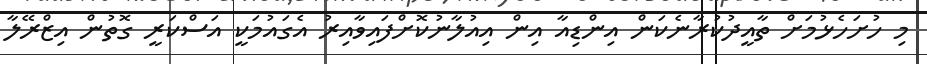
މި ހުށަހެޅުމަށް ތާއީދުކުރާނެކަން އިންޑިއާ އިން އިއުލާނުކޮށްފައިވާއިރު އެގައުމަކީ އަސްކަރީ ގޮތުން އިޒްރޭލާ